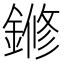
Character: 鎀